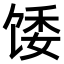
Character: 𫗪